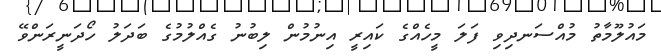
މައުލޫމާތު މުއްސަނދިވި ފަލަ މީހެއްގެ ކައިރީ އިނުމުން ލިބުނު ގެއްލުމުގެ ބަދަލު ހޯދަނީރަންވޭ